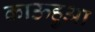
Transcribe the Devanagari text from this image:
काऊहुआ